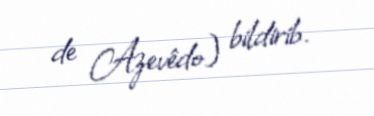
de Azevêdo) bildirib.